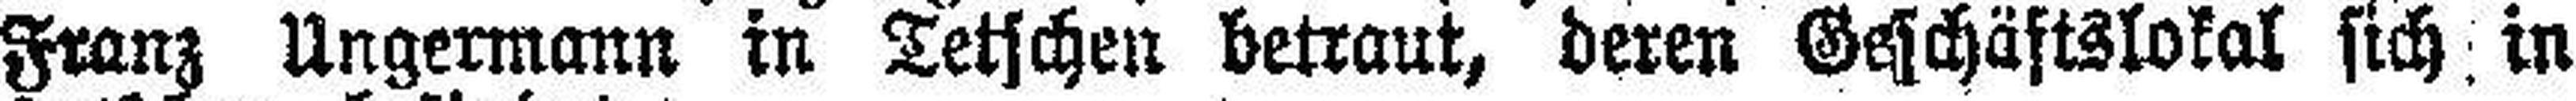
Franz Angermann in Letschen betraut, deren Geschäftslokal sich in